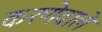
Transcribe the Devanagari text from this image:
करणेवाले